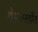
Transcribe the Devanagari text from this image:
थे।भारतीय